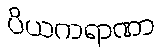
ပိယကရာဏာ